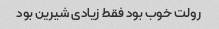
رولت خوب بود فقط زیادی شیرین بود